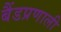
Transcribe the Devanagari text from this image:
बैंडप्रणाली